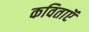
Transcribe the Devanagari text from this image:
कविताऍ